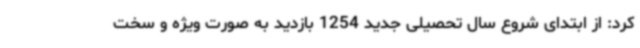
کرد: از ابتدای شروع سال تحصیلی جدید 1254 بازدید به صورت ویژه و سخت